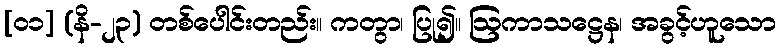
[၀၁] (နိ-၂၃) တစ်ပေါင်းတည်း။ ကတွာ၊ ပြု၍။ ဩကာသဋ္ဌေန၊ အခွင့်ဟူသော